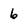
Character: 6